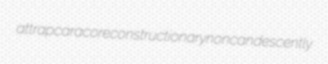
attrap caraco reconstructionary noncandescently